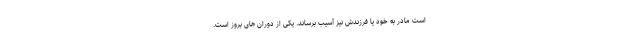
است مادر به خود یا فرزندش نیز آسیب برساند. یکی از دوران های بروز است.